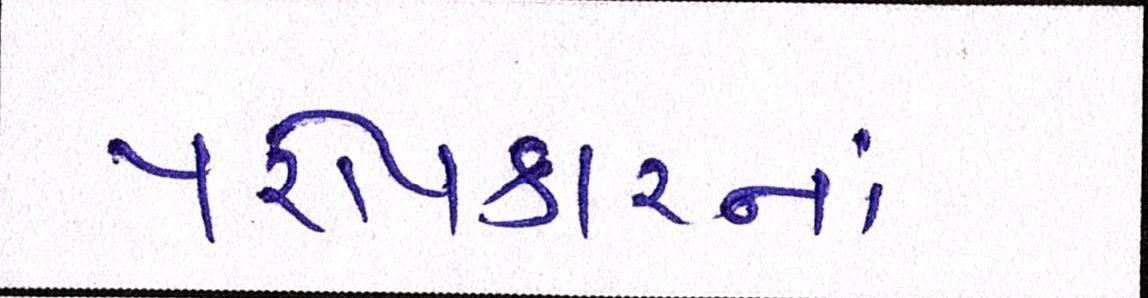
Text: પરોપકારનાં